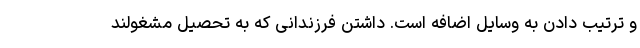
و ترتیب دادن به وسایل اضافه است. داشتن فرزندانی که به تحصیل مشغولند